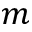
m